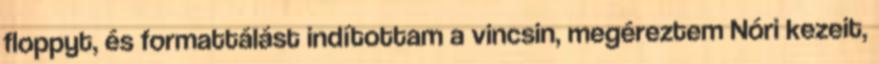
floppyt, és formattálást indítottam a vincsin, megéreztem Nóri kezeit,